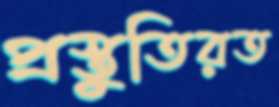
প্রস্তুতিরত